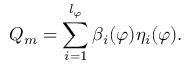
Q _ { m } = \sum _ { i = 1 } ^ { l _ { \varphi } } \beta _ { i } ( \varphi ) \eta _ { i } ( \varphi ) .